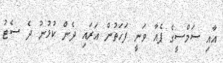
އާއި ސަމްސީގެ ޕެއާ ވަނީ ފަހަތުން އަރައި ދެން ކުޅުނު ދެ ސެޓު